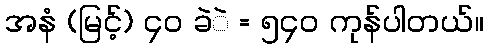
အနံ (မြင့်) ၄၀ ခဲဲ = ၅၄၀ ကုန်ပါတယ်။